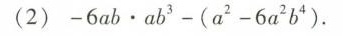
(2) $$- 6 a b \cdot a b ^ { 3 } - ( a ^ { 2 } - 6 a ^ { 2 } b ^ { 4 } )$$ .